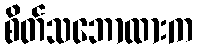
စိတ်သဘောထားက